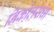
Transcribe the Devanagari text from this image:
निकोलसचा